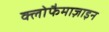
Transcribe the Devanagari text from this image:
क्लोफैमाज़ाइन